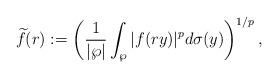
LaTeX: \begin{align*}\widetilde{f}(r):=\left(\frac{1}{|\wp|}\int_{\wp}|f(ry)|^{p}d\sigma(y)\right)^{1/p},\end{align*}